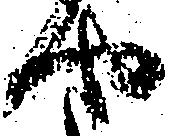
や